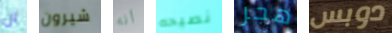
ان شيرون أنه نصيحه هجر دوبس